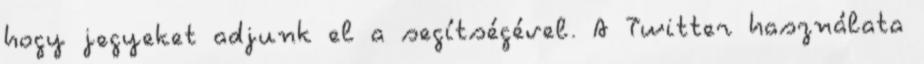
hogy jegyeket adjunk el a segítségével. A Twitter használata